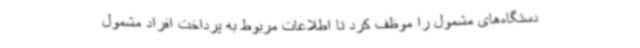
دستگاه‌های مشمول را موظف کرد تا اطلاعات مربوط به پرداخت افراد مشمول